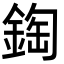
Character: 鋾